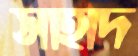
সাহাদ